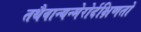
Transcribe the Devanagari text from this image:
तथैवान्यन्मेरोर्दक्षिणतो